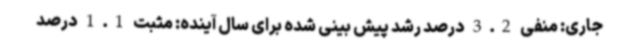
جاری: منفی 3.2 درصد رشد پیش بینی شده برای سال آینده: مثبت 1.1 درصد